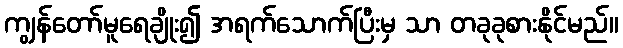
ကျွန်တော်မူရေချိုး၍ အရက်သောက်ပြီးမှ သာ တခုခုစားနိုင်မည်။